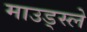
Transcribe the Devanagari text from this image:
माउड्स्ले